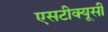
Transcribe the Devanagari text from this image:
एसटीक्यूसी